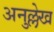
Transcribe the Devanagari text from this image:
अनुल्लेख